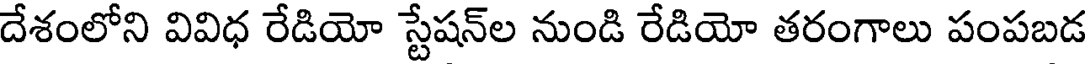
దేశంలోని వివిధ రేడియో స్టేషన్ల నుండి రేడియో తరంగాలు పంపబడ